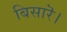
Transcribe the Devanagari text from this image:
बिसारॆ।